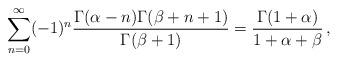
LaTeX: \begin{align*}\sum_{n=0}^{\infty}(-1)^{n}\frac{\Gamma(\alpha-n)\Gamma(\beta+n+1)}{\Gamma(\beta+1)}= \frac{\Gamma(1+\alpha)}{1+\alpha+\beta}\,,\end{align*}